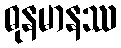
ဓုနမာနဿ